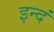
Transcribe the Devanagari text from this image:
इन्दं